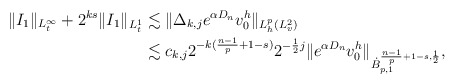
\begin{align*}\| I_1\|_{L^\infty_t}+2^{ks}\| I_1\|_{L^1_t}&\lesssim \|{\Delta}_{k,j}e^{\alpha D_n }v_0^h\|_{L_h^p(L_v^2)}\\&\lesssim c_{k,j}2^{-k(\frac{n-1}{p}+1-s)}2^{-\frac{1}{2}j}\|e^{\alpha D_n }v_0^h\|_{\dot{B}_{p,1}^{\frac{n-1}{p}+1-s,\frac{1}{2}}},\end{align*}